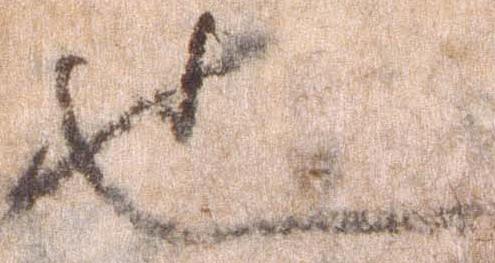
也